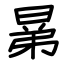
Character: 晜